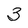
Character: 3